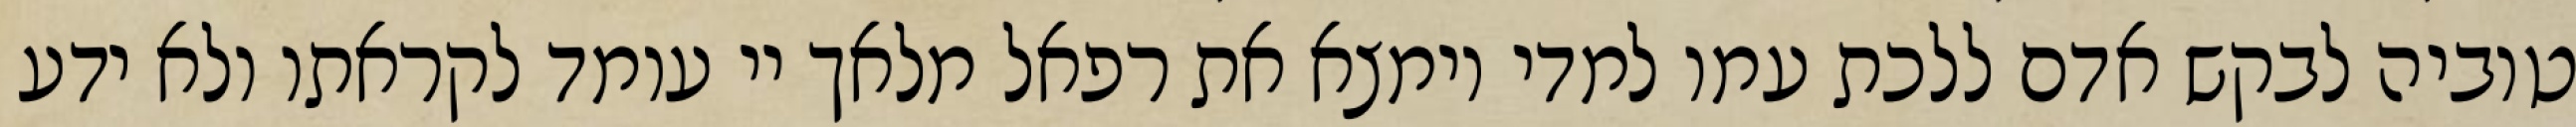
טוביה לבקש אדם ללכת עמו למדי וימצא את רפאל מלאך יי עומד לקראתו ולא ידע